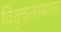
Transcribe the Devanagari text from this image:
विद्‍वत्समाज